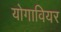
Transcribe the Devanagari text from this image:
योगावियर